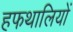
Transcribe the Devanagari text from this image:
हफथालियों